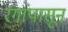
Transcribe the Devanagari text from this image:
रंगांपासून